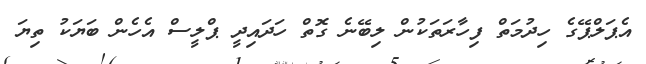
އެޕަލްޕޭގެ ހިދުމަތް ފިހާރަތަކުން ލިބޭނެ ގޮތް ހަދައިދީ ޕްލީސް އެހެން ބަޔަކު ތިޔަ